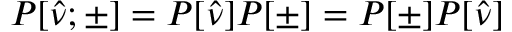
P [ \hat { \nu } ; \pm ] = P [ \hat { \nu } ] P [ \pm ] = P [ \pm ] P [ \hat { \nu } ]